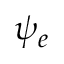
\psi _ { e }